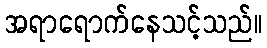
အရာရောက်နေသင့်သည်။